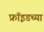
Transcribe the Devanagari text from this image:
फ्रॉइडच्या